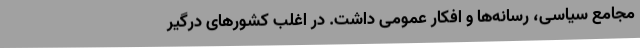
مجامع سیاسی، رسانه‌ها ‌و افکار عمومی داشت. در اغلب کشورهای درگیرِ